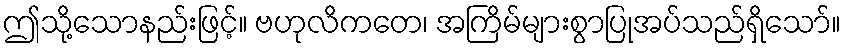
ဤသို့သောနည်းဖြင့်။ ဗဟုလိကတေ၊ အကြိမ်များစွာပြုအပ်သည်ရှိသော်။